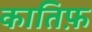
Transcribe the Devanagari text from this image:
कातिफ़